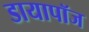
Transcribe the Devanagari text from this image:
डायापॉज